Annual report on the working of the mental hospitals in the Madras Presidency - 1912-1932
Year: 1912
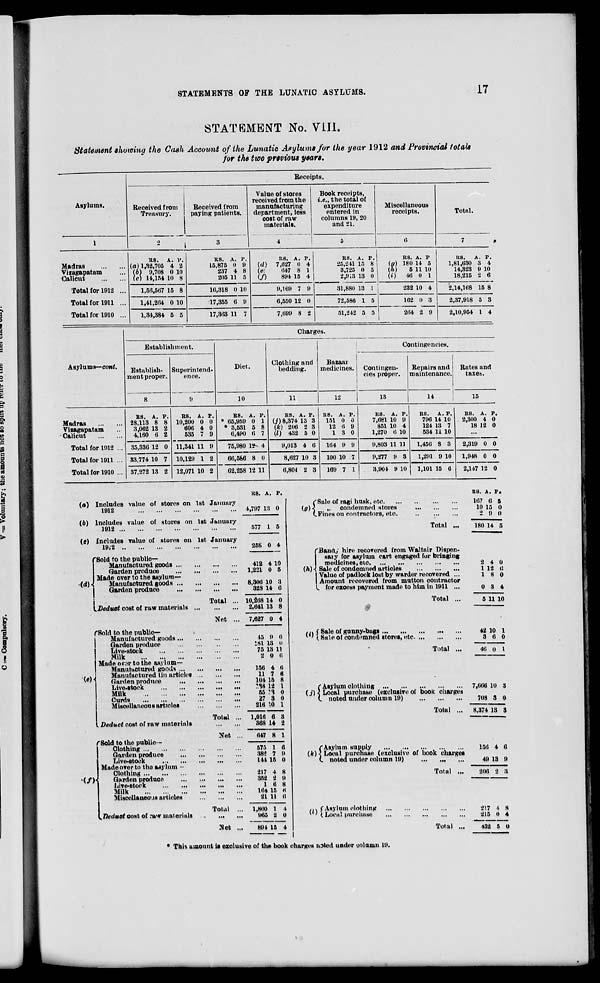
STATEMENTS OF THE LUNATIC ASYLUMS.
17
STATEMENT No. 7111.
Statement showing the Cash Account of the Lunatic Asylums for the year 1912 and Provincial totals
for the two previous years.
Receipts.
Asylums.
Received from
Treasury.
Received from
paying patients.
Valae of stores
received from the
manufacturing
department, less
cost of raw
materials.
4
Book receipts,
i.e., the total of
expenditure
entered in
columns 19, 20
and 21.
Miscellaneous
receipts.
Total.
1
2
I
»
5
6
7
Madras
Vizagapatam
Calient
UB. A. V.
(a) 1,32,705 4 2
lb) 9,708 0 10
(c) 14,154 10 8
US. A. P.
15,875 0 9
237 4 8
205 11 5
RS. A. P.
(d) 7,627 0 4
(e)
047 8 1
(/)
894 15 4
RS. A. P.
25,241 15 8
3,725 0 5
2,913 18 0
RS. A. P
({/) 180 14 5
1
(ft)
5 11 10
|
(i)
46 0 1
its.
A. P.
1,81,630 3 4
14,323 9 10
18,215 2 6
Total for 1912 ...
1,56,567 15 8
10,318 0 10
9,169 7 9
31,880 13 1
232 10 4
2,14,168 15 8
Total for 1911 ...
1,41,264 0 10
17,355 6 9
6,550 12 0
72,586 1 5
162 0 8
2,37,918 5 3
Total for 1910 ...
1,84,384 5 5
17,868 11 7
7,699 8 2
51,242 5 5
264 2 9
2.10.9M 1 4
Charges.
Establishment.
Diet.
Clothing and
bedding.
Bazaar
medk'ines.
Contingencies.
Asylums— cont.
Establish-
ment proper.
Superintend-
ence.
Contingen-
cies proper.
Repairs and
maintenance.
Rates and
taxes.
8
9
10
11
12
13
14
15
Madras
Vizagapatam
Calicut
RS. A. P.
28,113 8 8
3,062 13 2
4,160 6 2
RS. A.
10,200 0
606 4
535 7
P.
0
0
9
RS. A.
♦ 65,959 0
* 3,531 5
6,490 6
P.
1
8
7
RS. A. P.
(j) 8,374 13 3
(k) 206 2 3
{l) 432 6 0
RS. A.
151 0
12 6
1 8
P.
0
9
0
RS. A. P.
7,681 10 9
851 10 4
1,270 6 10
RS. A. P.
796 14 10
124 13 7
534 11 10
R8. A. P.
2,300 4 0
18 12 0
Total for 1912 ... 35,336 12 0 11,341 11 9
75,980 1*- 4
9,013 4 6
164 9 9
9,803 11 11
1,456 8 3
2,319 0 0
Total for 1911 ... 33,774 10 7 10,129 1 2
66,566 8 0
8,627 10 3
100 10 7
9,277 9 3
1,291 9 10
1,948 0 0
Total for 1910 ... 37,272 13 2 12,071 10 2
62,258 12 11
0,804 2 3
109 7 1
3,904 9 10
1,101 15 6
2,147 12 0
US. A. P.
(a) Includes value of stores on 1st
1912
(o) Includes value of stores on 1st
1912
(c) Includes value of stores on 1st
19;2
'Sold to the public-
Manufactured goods
Garden produce
Made over to the asylum—
(d) ■(
Manufactured goods
Garden produce
^Deduct cost of raw materials ...
fSold to the public-
Manufactured goods...
Garden produce
Live-stock
Milk
Made ovrar to the asylum—
Manufactured goods ...
Manufactured tin articles
Garden produce
Live-stock
Milk
Curds
Miscellaneous articles
January
January
January
(e)i
(/)
. Deduct cost of raw materials
rSold to the public—
Clothing
Garden produce
Livestock
Made over to the asylum -•
Clothing
Garden produce
Live-Btock
Milk
Miscellaneous art ides
,T)ed»et cost of raw materials
1,797 13 0
577 1 5
4
258 0
412 4 10
1,221 0 5
8,806 10 3
328 14 6
Total ... 10,268 14 0
2,641 13 8
Net ...
7,627 0 4
45 9 0
181 18 0
75 13 11
2 0 (t
156 4 6
11 7 6
104 15 8
?38 12 I
55 n 0
27 3 0
216 10 1
Total ...
1,016 6 3
368 14 2
Net ...
647 8 1
575 1 6
38* 7 9
141 15 0
217 4 8
852 2 9
16 8
164 15 6
21 II (I
Total ...
Net ...
1,860 1 4
965 2 0
891 16 4 |
(Sale of ragi husk, etc.
(g) X
„ condemned stores
(.Fines on contractors, etc.
Total
'Band,) hire recovered from Waltair Dispen-
sary for asylum cart engaged for bringing
medicines, etc
(ft) <, Sale of condemned articles
Value of padlock lost by warder recovered ...
Amount recovered from mutton contractor
I for excess payment made to him in 1911 ...
Total ...
/JV f Sale of gonny-bags
Sale of condemned stores, etc ...
Total
(Asylum clothing
[j)\ Local purchase (exclusive of book charges
(. noted under column IS))
Total
("Asylum supply
(&) ] Local purchase (exclusive of book charges
v. noted under column 19)
Total ...
m (Asylum clothing
( ' (Local purchase
Total
* This amount is exclusive of the book charges toted under unlamn 19.
RS. A. P.
167 6 3
10 15 0
0 9 0
180 14 5
2 4 0
1 12 t!
18 0
0 8 4
5 11 10
42 10 1
3 6 0
16 o 1
7,666 10 3
708 8 0
8,374 18 8
156 4
49 13
6
9
2(16 2 3
217 i I
215 0 4
132 5 0